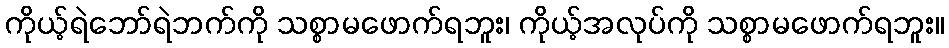
ကိုယ့်ရဲဘော်ရဲဘက်ကို သစ္စာမဖောက်ရဘူး၊ ကိုယ့်အလုပ်ကို သစ္စာမဖောက်ရဘူး။